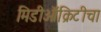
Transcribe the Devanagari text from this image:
मिडीऑक्रिटीचा